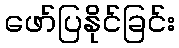
ဖော်ပြနိုင်ခြင်း